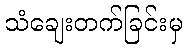
သံချေးတက်ခြင်းမှ